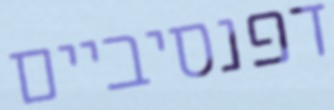
דפנסיביים